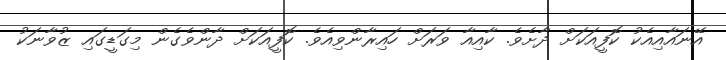
އޭނައާއިއެކު ކޮފީއަކަށް ދާށެވެ. ކާއިއާ ވަރަށް ހައިރާންވިއެވެ. ކޮފީއަކަށް ދާންވެގެން މިގަޑީގައި ޒުވާނަކު